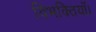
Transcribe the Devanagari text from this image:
विभक्तियाँ।